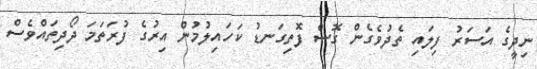
ނިދީގެ އަސަރު ފިލައި ތެދުވެގެން ގޮސް ފޮތިގަނޑު ކަހައިލުމުން އިރުގެ ފުރަތަމަ ދޯދިތައްވެސް